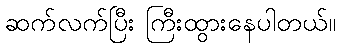
ဆက်လက်ပြီး ကြီးထွားနေပါတယ်။